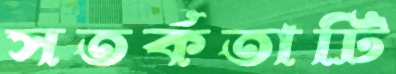
সতর্কতাটি